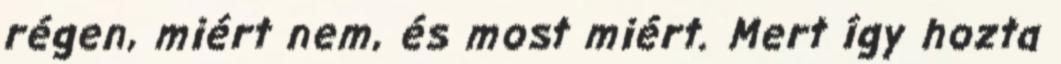
régen, miért nem, és most miért. Mert így hozta